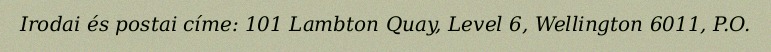
Irodai és postai címe: 101 Lambton Quay, Level 6, Wellington 6011, P.O.